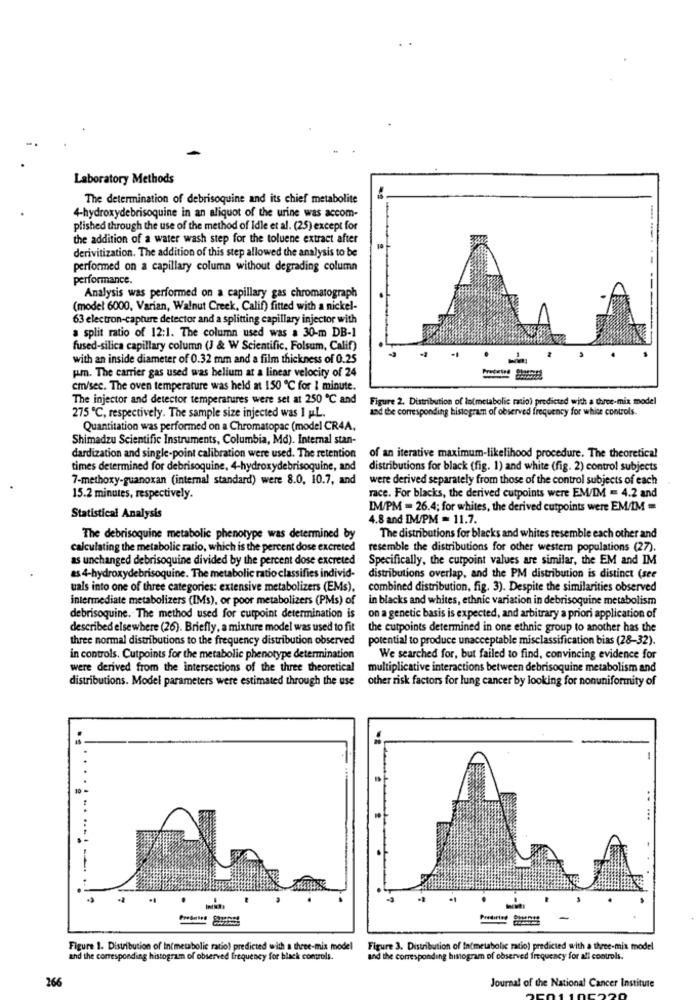
Laboratory Methods
The determination of debrisoquine and its chief metabolite
4-hydroxydebrisoquine in an aliquot of the urine was accom-
plished through the use of the method of Idle et al. (25) except for
the addition of a water wash step for the toluene extract after
10
derivitization. The addition of this step allowed the analysis to be
-------
performed on a capillary column without degrading column
performance.
Analysis was performed on a capillary gas chromatograph
(model 6000, Varian, Walnut Creek, Calif) fitted with a nickel-
63 electron-capture detector and a splitting capillary injector with
---===
a split ratio of 12:1. The column used was a 30-m DB-1
fused-silica capillary column (J & W Scientific, Folsum, Calif)
with an inside diameter of 0.32 mm and a film thickness of 0.25
pm. The carrier gas used was helium at a linear velocity of 24
cm/sec. The oven temperature was held at 150 ℃ for 1 minute.
The injector and detector temperatures were set at 250 ℃ and
Figure 2. Distribution of lo(metabolic ratio) predicted with a three-mix model
and the corresponding histogram of observed frequency for whice controls.
275 ℃, respectively. The sample size injected was I p.L.
Quantitation was performed on a Chromatopac (model CR4A,
Shimadzu Scientific Instruments, Columbia, Md). Internal stan-
dardization and single-point calibration were used. The retention
of an iterative maximum-likelihood procedure. The theoretical
times determined for debrisoquine, 4-hydroxydebrisoquine, and
distributions for black (fig. 1) and white (fig. 2) control subjects
7-methoxy-guanoxan (internal standard) were 8.0, 10.7, and
were derived separately from those of the control subjects of each
15.2 minutes, respectively.
race. For blacks, the derived cutpoints were EM/IM = 4.2 and
IM/PM = 26.4; for whites, the derived cutpoints were EM/IM =
Statistical Analysis
4.8 and IM/PM = 11.7.
The debrisoquine metabolic phenotype was determined by
The distributions for blacks and whites resemble each other and
calculating the metabolic ratio, which is the percent dose excreted
resemble the distributions for other western populations (27).
as unchanged debrisoquine divided by the percent dose excreted
Specifically, the curpoint values are similar, the EM and IM
as 4-hydroxydebrisoquine. The metabolic ratio classifies individ-
distributions overlap, and the PM distribution is distinct (see
uals into one of three categories: extensive metabolizers (EMs),
combined distribution, fig. 3). Despite the similarities observed
intermediate metabolizers (IMs), or poor metabolizers (PMs) of
in blacks and whites, ethnic variation in debrisoquine metabolism
debrisoquine. The method used for cutpoint determination is
on a genetic basis is expected, and arbitrary a priori application of
described elsewhere (26). Briefly, a mixture model was used to fit
the cutpoints determined in one ethnic group to another has the
three normal distributions to the frequency distribution observed
potential to produce unacceptable misclassification bias (28-32).
in controls. Cutpoints for the metabolic phenotype determination
We searched for, but failed to find, convincing evidence for
were derived from the intersections of the three theoretical
multiplicative interactions between debrisoquine metabolism and
distributions. Model parameters were estimated through the use
other risk factors for lung cancer by looking for nonuniformity of
10
.-
Prediriad
Figure 1. Distribution of In(metabolic ratio) predicted with a three-mix model
Figure 3. Distribution of In(metabolic ratio) predicted with a three-mix model
and the corresponding histogram of observed frequency for black controls.
and the corresponding histogram of observed frequency for ali controls.
266
Journal of the National Cancer Institute